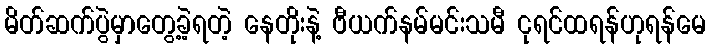
မိတ်ဆက်ပွဲမှာတွေ့ခဲ့ရတဲ့ နေတိုးနဲ့ ဗီယက်နမ်မင်းသမီ ငုရင်ထရန်ဟုရန်မေ